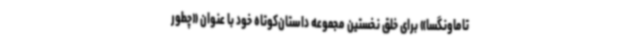
تاماونگسا» برای خلق نخستین مجموعه داستان‌کوتاه خود با عنوان «چطور